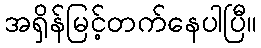
အရှိန်မြင့်တက်နေပါပြီ။